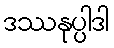
ဒဿနုပ္ပါဒါ